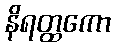
နိရတ္ထကော